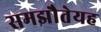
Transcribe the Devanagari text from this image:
समझौतेयह